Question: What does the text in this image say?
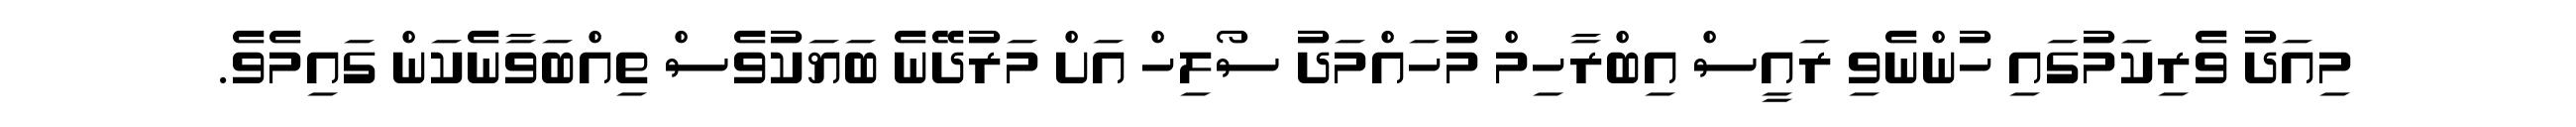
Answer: މިއަދު ވެރިކަމުގައި ހުންނެވި ރައީސް އިބްރާހިމް މުހައްމަދު ސޯލިހް އަށް މަރުދޭނެ ބަޔަކުވެސް ތިއްބަވާނެކަން ގައިމެވެ.